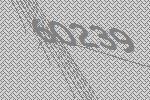
60239